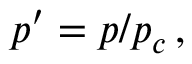
p ^ { \prime } = p / p _ { c } \, ,